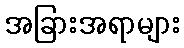
အခြားအရာများ